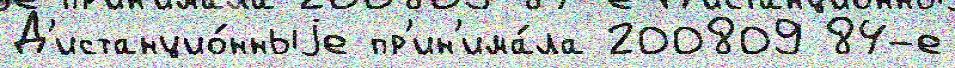
Д'истанцио́нныjе пр'ин'има́ла 200809 84-е